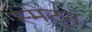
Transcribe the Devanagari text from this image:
स्मेटन